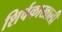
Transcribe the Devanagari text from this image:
शिर्षकाखाली